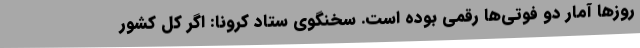
روزها آمار دو فوتی‌ها رقمی بوده است. سخنگوی ستاد کرونا: اگر کل کشور